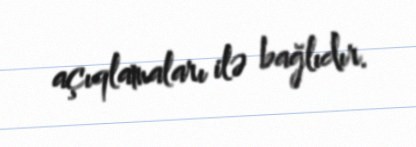
açıqlamaları ilə bağlıdır.